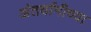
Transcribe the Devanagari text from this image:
अंतर्यामीच्या